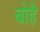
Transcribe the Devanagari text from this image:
बोहै